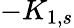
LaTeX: -K_{1,s}